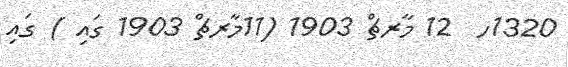
1320ހ  12 މާރޗް 1903 (11މާރޗް 1903 ގައި ) ގައި